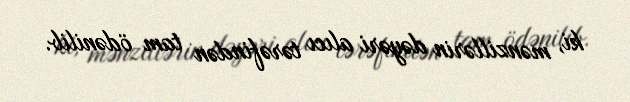
ki, mənzillərin dəyəri alıcı tərəfindən tam ödənilib.